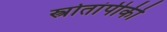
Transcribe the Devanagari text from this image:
स्त्रोतांपीकी